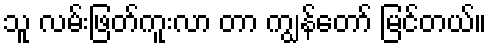
သူ လမ်းဖြတ်ကူးလာ တာ ကျွန်တော် မြင်တယ်။